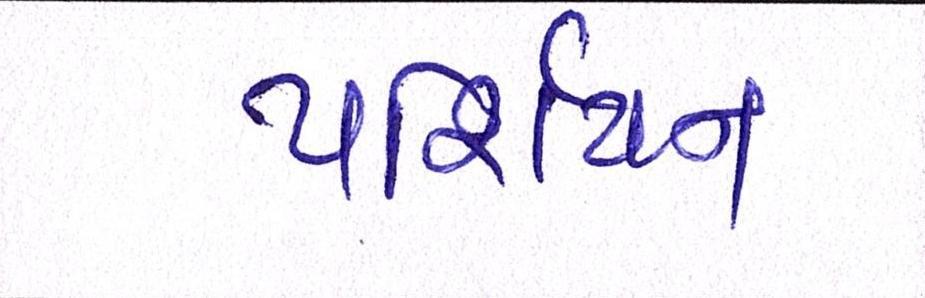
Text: પર્શિયન